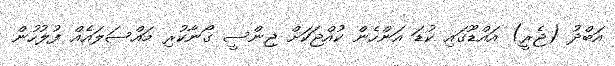
އަބްދު (ޖެރީ) އައްޑޫގައި ކުޑަ އަންހެން ކުއްޖަކަށް ޖިންސީ ގޯނާކުރި މައްސަލައެއް ފުލުހުން